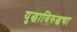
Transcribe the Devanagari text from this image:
युद्धाविरुद्धचा